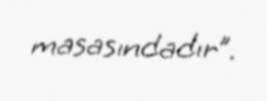
masasındadır”.